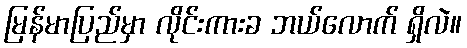
မြန်မာပြည်မှာ လိုင်းကားခ ဘယ်လောက် ရှိလဲ။